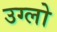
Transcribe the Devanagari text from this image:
उग्लो